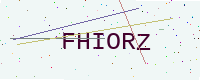
Text: FHIORZ